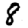
Digit: 8